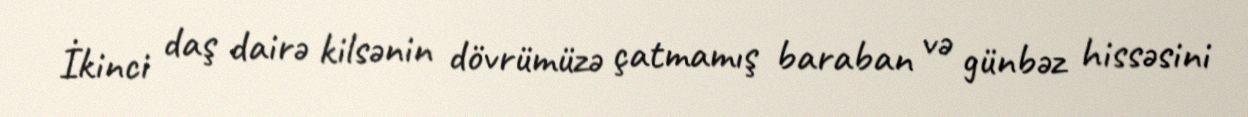
İkinci daş dairə kilsənin dövrümüzə çatmamış baraban və günbəz hissəsini